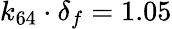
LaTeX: k_{64}\cdot\delta_{f}=1.05